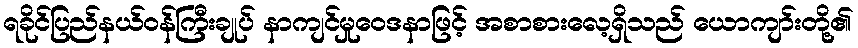
ရခိုင်ပြည်နယ်ဝန်ကြီးချုပ် နာကျင်မှုဝေဒနာဖြင့် အစာစားလေ့ရှိသည် ယောကျာ်းတို့၏